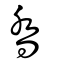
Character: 喬